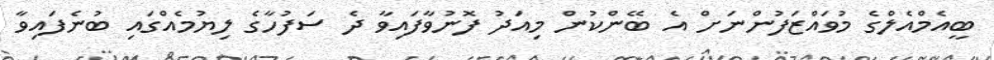
ބީއެމްއެލްގެ މުވައްޒަފުންނަށް އެ ބޭންކުން މިއަދު ފޮނުވާފައިވާ ދެ ސަފުހާގެ ލިޔުމެއްގައި ބުނެފައިވާ